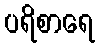
ပရိစာရေ